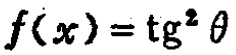
\(f(x)=\mathrm{tg}^{2}\theta\)